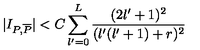
\vert I _ { P , \overline { { P } } } \vert < C \sum _ { l ^ { \prime } = 0 } ^ { L } { \frac { ( 2 l ^ { \prime } + 1 ) ^ { 2 } } { ( l ^ { \prime } ( l ^ { \prime } + 1 ) + r ) ^ { 2 } } }